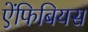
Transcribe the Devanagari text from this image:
ऐंफिबियस